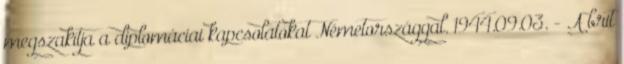
megszakítja a diplomáciai kapcsolatokat Németországgal. 1944.09.03. - A brit